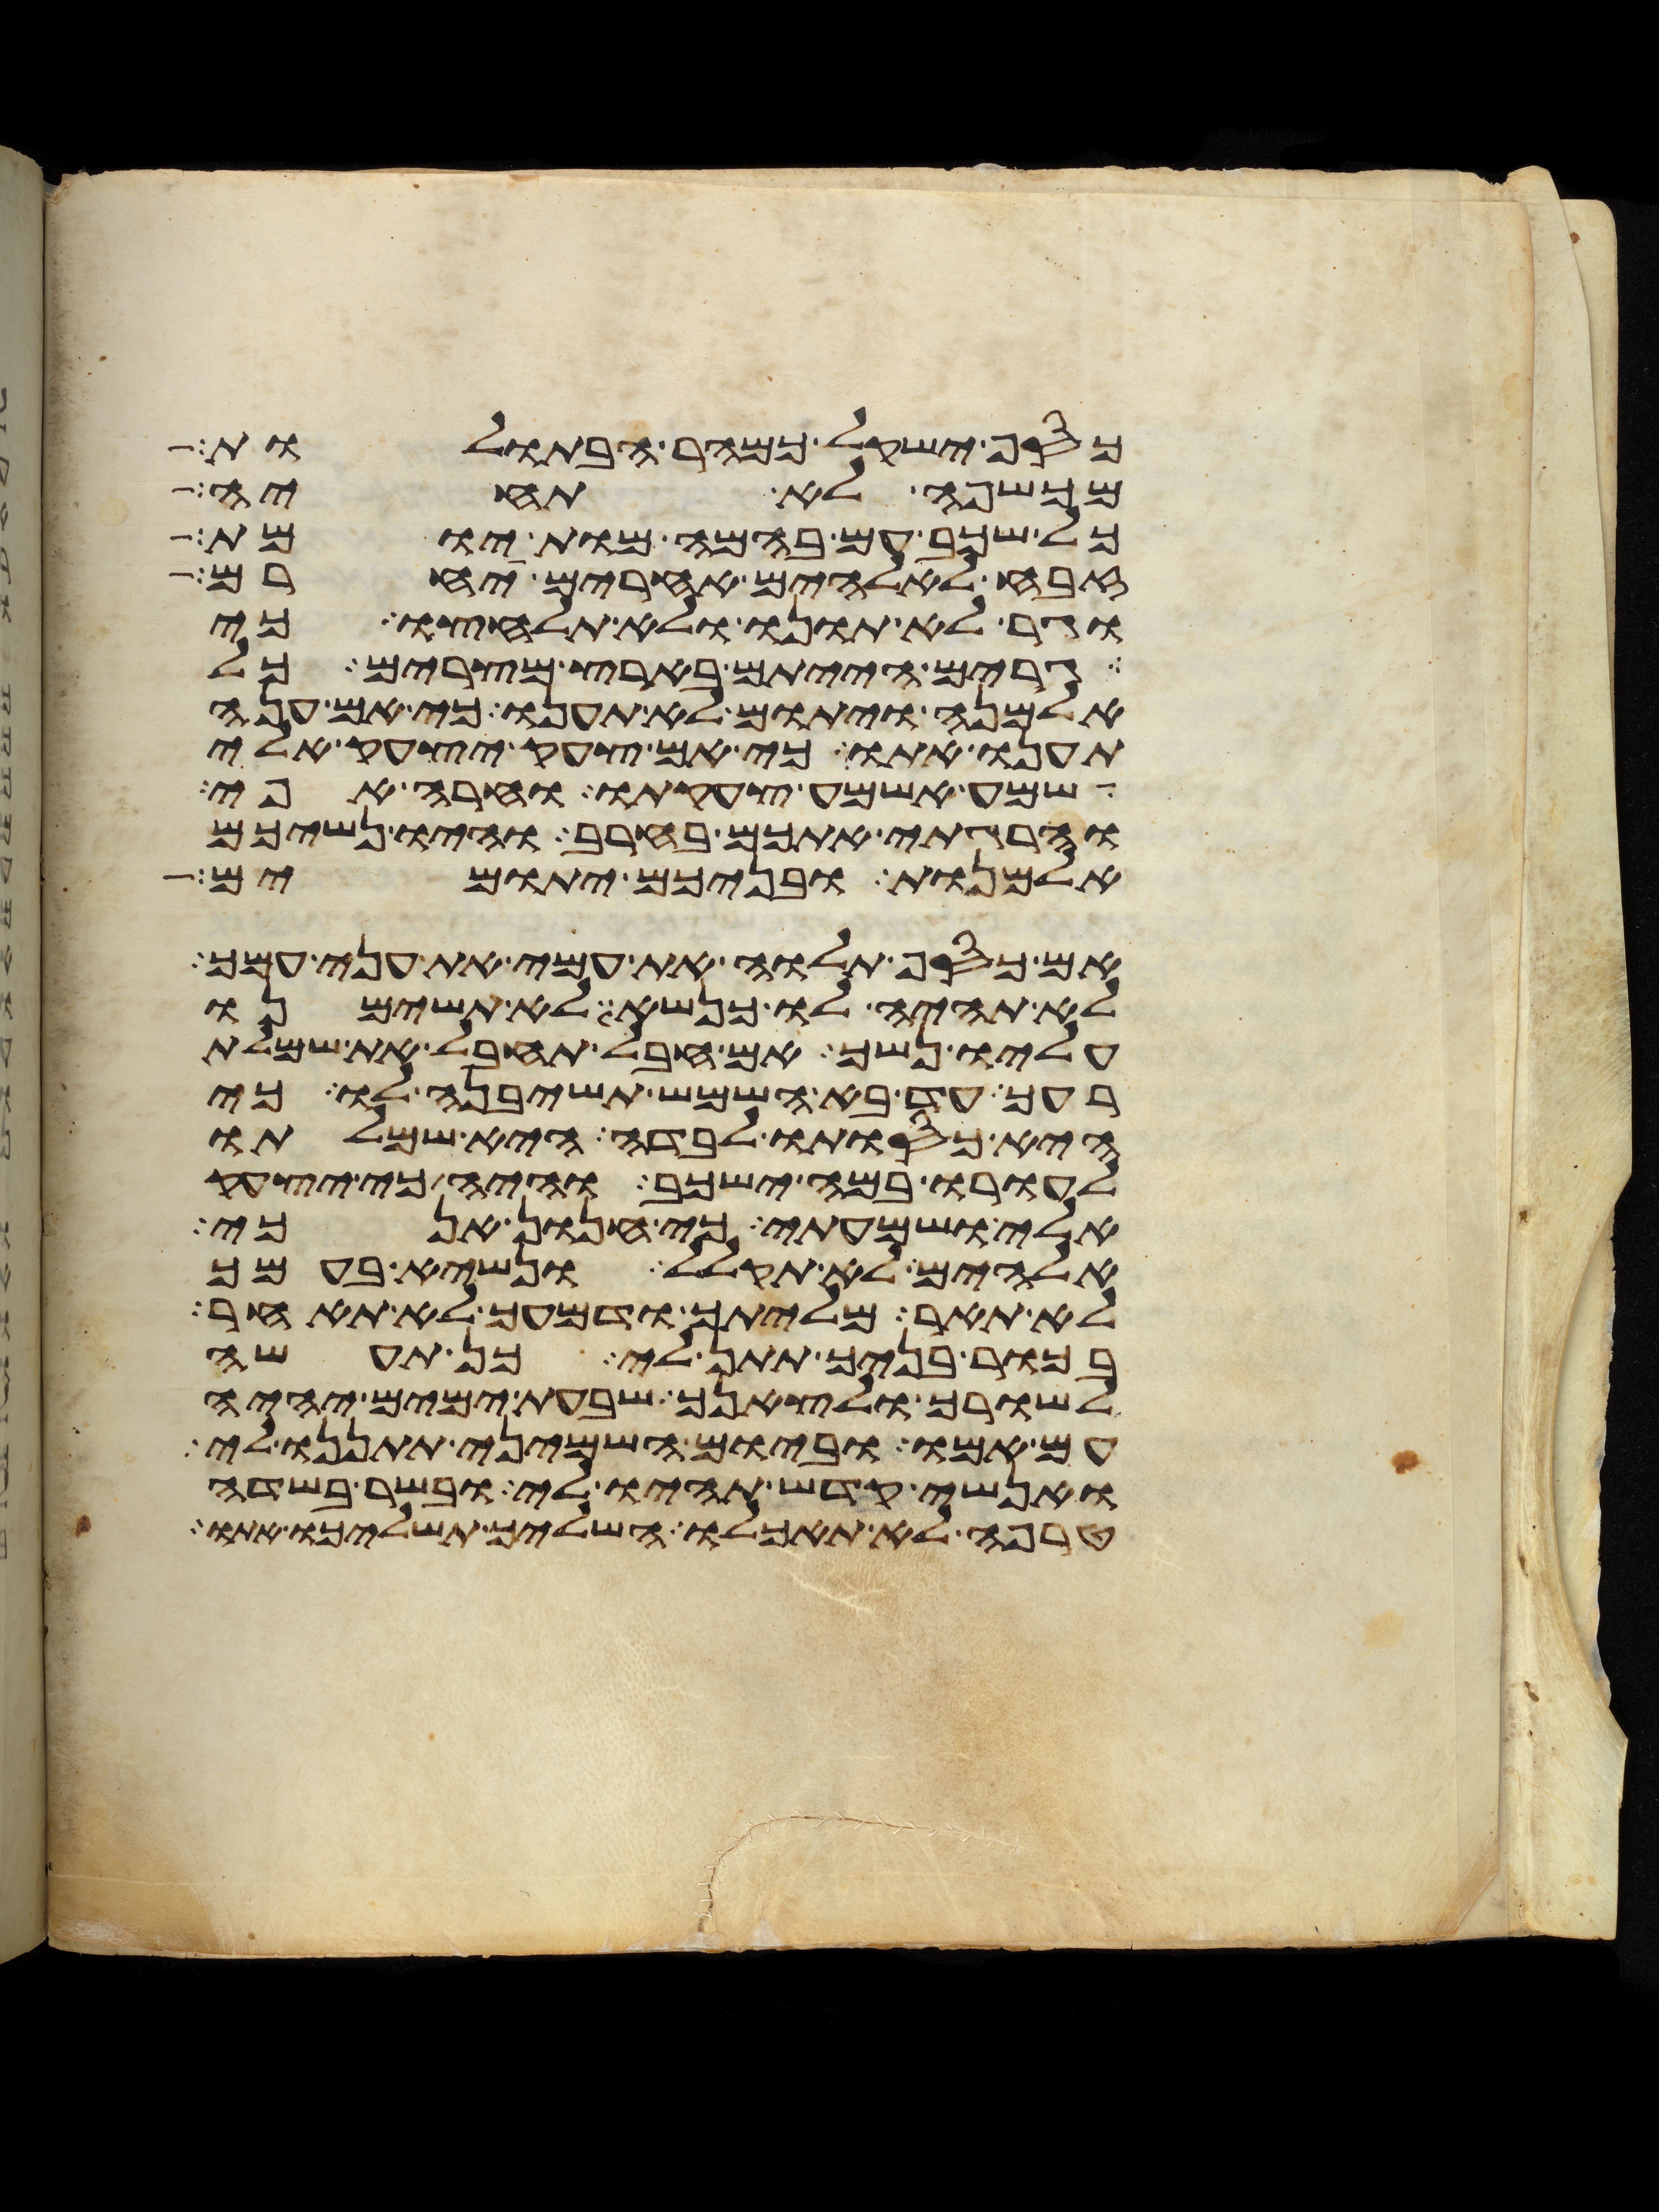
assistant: כסף ישקל כמהר הבתולות
מכשפה לא תחיה
כל שכב עם בהמה מות יומת
זבח לאלהים אחרים יחרם
וגר לא תונו ולא תלחצו כי
גרים הייתם בארץ מצרים כל
אלמנה ויתום לא תענו כי אם ענה
תענו אתו כי אם צעק יצעק אלי
שמע אשמע צעקתו וחרה אפי
והרגתי אתכם בחרב והיו נשיכם
אלמנות ובניכם יתומים
אם כסף תלוה את עמי את עני עמך
לא תהיה לו כנשא לא תשימנו
עליו נשך אם חבל תחבל את שמלת
רעך עד בא השמש תשיבנה לו כי
היא כסותו לבדה היא שמלתו
לעורו במה ישכב והיה כי יצעק
אלי ושמעתי כי חנון אנכי
אלהים לא תקלל ונשיא בעמך
לא תאר מליתך ודמעך לא תאחר
בכור בניך תתן לי כן תעשה
לשורך ולצאנך שבעת ימים יהיה
עם אמו וביום השמיני תתננו לי
ואנשי קדש תהיו לי ובשר בשדה
טרפה לא תאכלו השליך תשליכו אתו